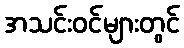
အသင်းဝင်များတွင်